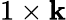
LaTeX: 1\times\mathbf{k}